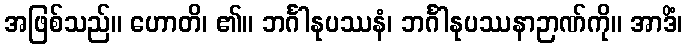
အဖြစ်သည်။ ဟောတိ၊ ၏။ ဘင်္ဂါနုပဿနံ၊ ဘင်္ဂါနုပဿနာဉာဏ်ကို။ အာဒိံ၊